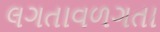
લગતાવળગતા